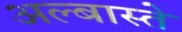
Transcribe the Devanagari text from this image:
अल्बास्ते